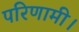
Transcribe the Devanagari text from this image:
परिणामी।